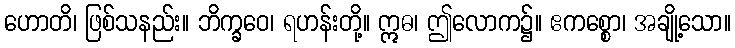
ဟောတိ၊ ဖြစ်သနည်း။ ဘိက္ခဝေ၊ ရဟန်းတို့။ ဣဓ၊ ဤလောက၌။ ဧကစ္စော၊ အချို့သော။